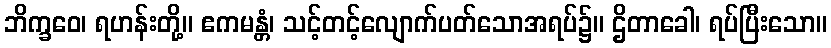
ဘိက္ခဝေ၊ ရဟန်းတို့။ ဧကမန္တံ၊ သင့်တင့်လျောက်ပတ်သောအရပ်၌။ ဌိတာခေါ၊ ရပ်ပြီးသော။